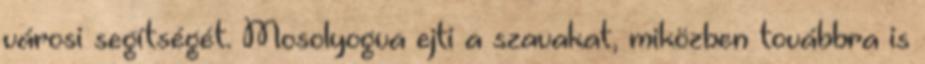
városi segítségét. Mosolyogva ejti a szavakat, miközben továbbra is